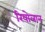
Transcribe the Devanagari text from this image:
रियोलान